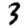
Digit: 3